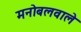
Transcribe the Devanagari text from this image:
मनोबलवाले